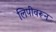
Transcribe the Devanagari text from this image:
लिपीवरून